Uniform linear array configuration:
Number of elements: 32
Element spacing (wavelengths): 0.5
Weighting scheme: cosine
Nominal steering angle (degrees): -30
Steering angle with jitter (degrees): -29.623
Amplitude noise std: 0.05
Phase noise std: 0.05

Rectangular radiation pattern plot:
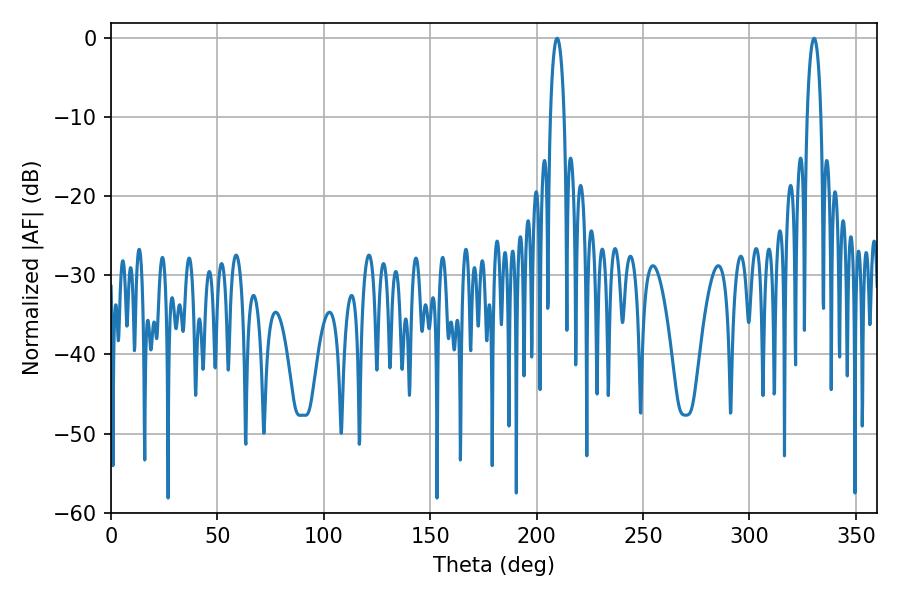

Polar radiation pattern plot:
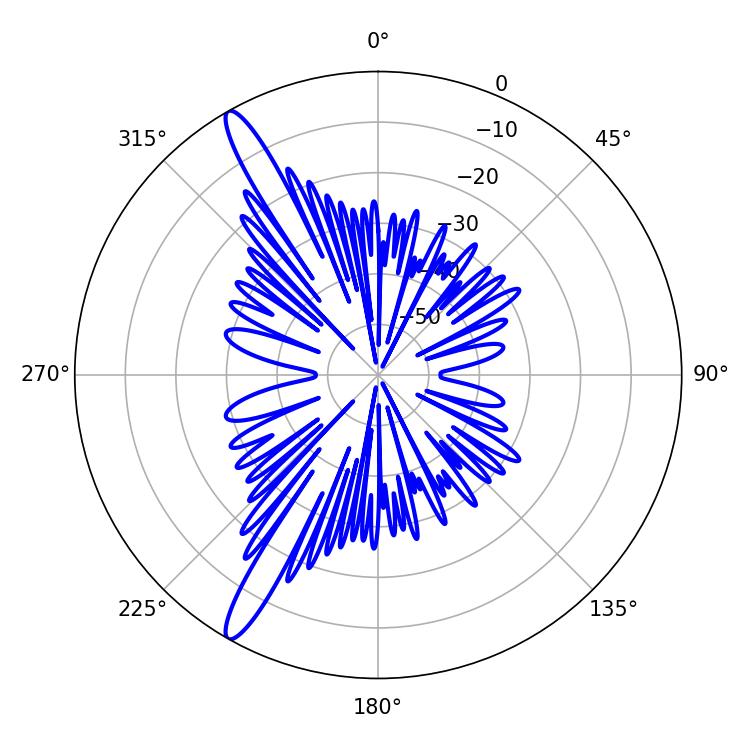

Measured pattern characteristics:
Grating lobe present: FALSE
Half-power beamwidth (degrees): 3.6
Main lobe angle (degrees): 330.3